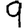
Digit: 9